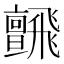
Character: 𩙼